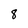
Character: 8